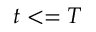
t < = T